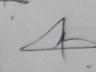
Signature authenticity: genuine